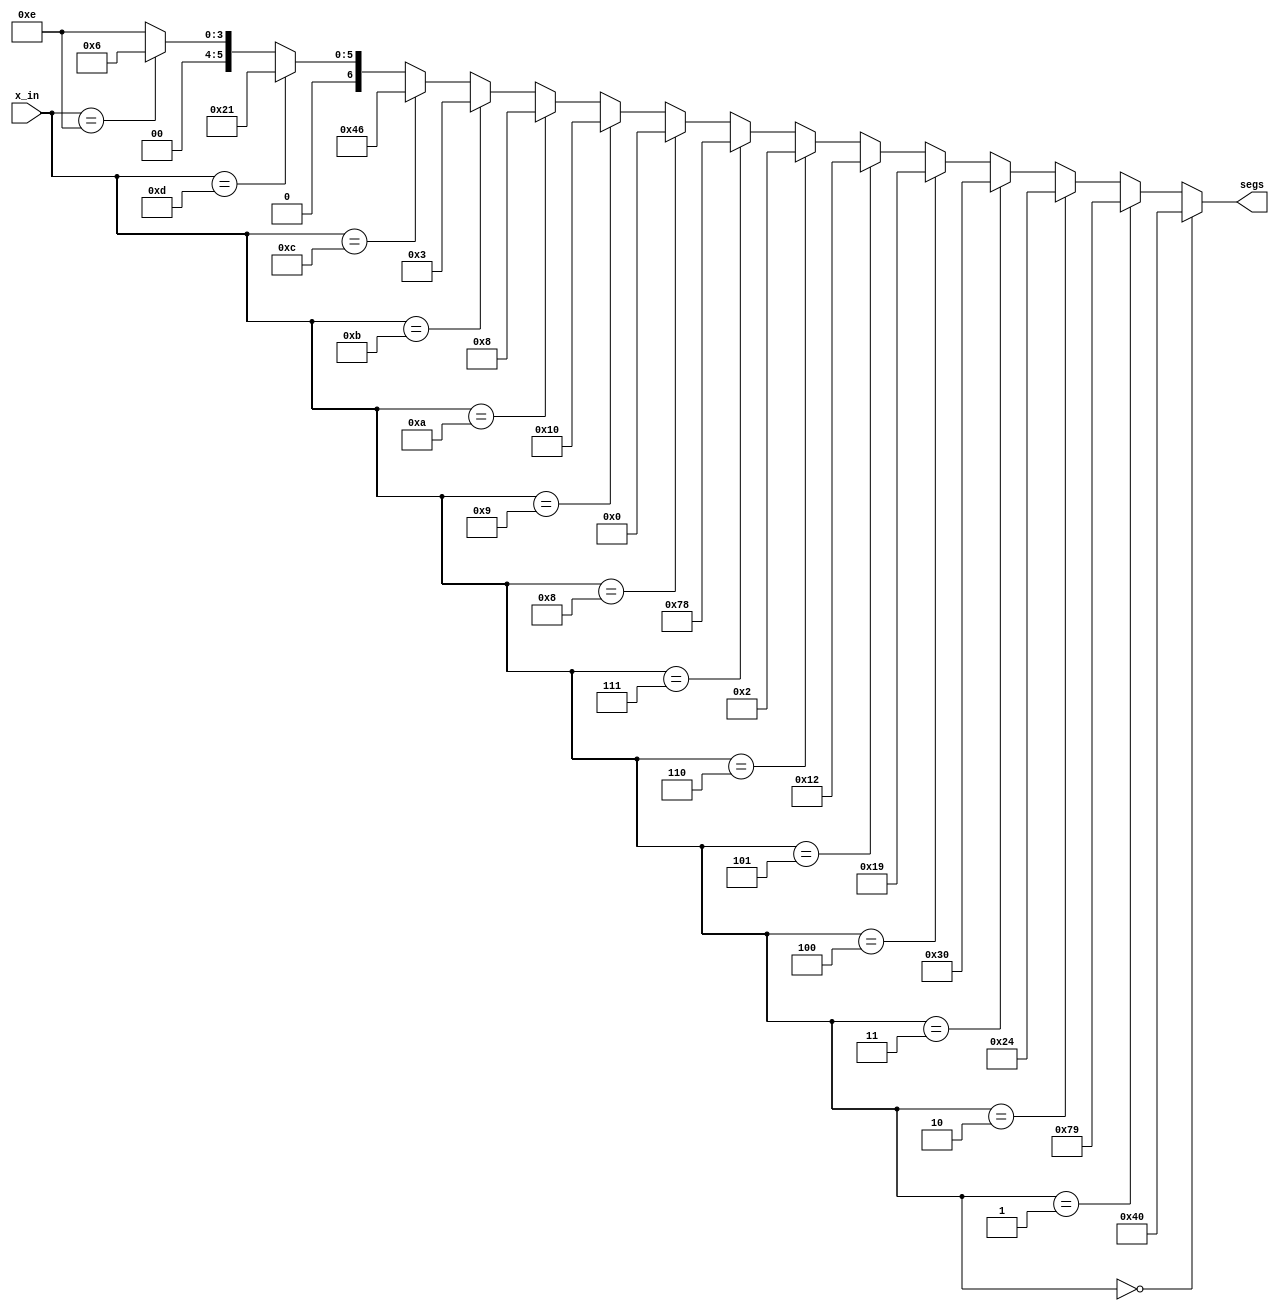

// Seven-segment decoder for hexadecimal values
// seven_seg_decoder.v
// Don M. Gruenbacher
// Jan. 23, 2006

module sevseg_dec(x_in, segs);
    input [3:0]   x_in;
	output [6:0] segs;

assign segs =
		(x_in == 4'h0) ? 7'b1000000 :
		(x_in == 4'h1) ? 7'b1111001 :
		(x_in == 4'h2) ? 7'b0100100 :
		(x_in == 4'h3) ? 7'b0110000 :
		(x_in == 4'h4) ? 7'b0011001 :
		(x_in == 4'h5) ? 7'b0010010 :
		(x_in == 4'h6) ? 7'b0000010 :  
		(x_in == 4'h7) ? 7'b1111000 :
		(x_in == 4'h8) ? 7'b0000000 :
		(x_in == 4'h9) ? 7'b0010000 :
		(x_in == 4'ha) ? 7'b0001000 :
		(x_in == 4'hb) ? 7'b0000011 :
		(x_in == 4'hc) ? 7'b1000110 :
		(x_in == 4'hd) ? 7'b0100001 :
		(x_in == 4'he) ? 7'b0000110 :
						7'b0001110 ;
		  
endmodule